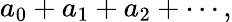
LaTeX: a_{0}+a_{1}+a_{2}+\cdots,